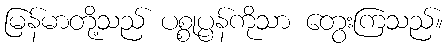
မြန်မာတို့သည် ပစ္စုပ္ပန်ကိုသာ တွေးကြသည်။